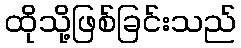
ထိုသို့ဖြစ်ခြင်းသည်